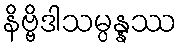
နိဗ္ဗိဒါသမ္ပန္နဿ